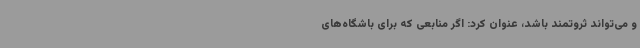
و می‌تواند ثروتمند باشد، عنوان کرد: اگر منابعی که برای باشگاه‌های